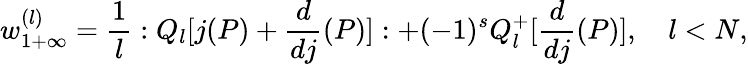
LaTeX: w_{1+\infty}^{(l)}=\frac{1}{l}:Q_{l}[j(P)+\frac{d}{dj}(P)]:+(-1)^{s}Q_{l}^{+}[\frac{d}{dj}(P)],\quad l<N,